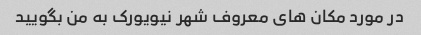
در مورد مکان های معروف شهر نیویورک به من بگویید